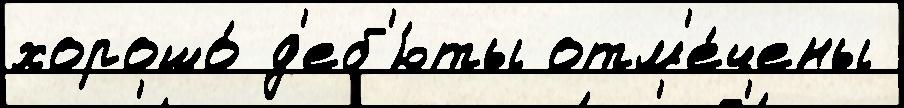
хорошо́ д'еб'ю́ты отм'е́чены